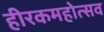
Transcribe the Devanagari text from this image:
हीरकमहोत्सव